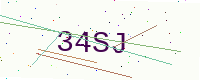
Text: 34SJ